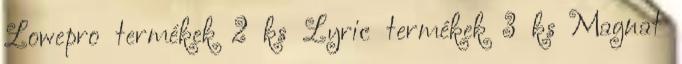
Lowepro termékek 2 ks Lyric termékek 3 ks Magnat